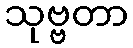
သုဗ္ဗတာ